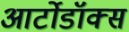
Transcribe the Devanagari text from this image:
आर्टोडॉक्स